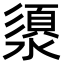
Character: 澃